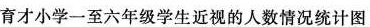
育才小学一至六年级学生近视的人数情况统计图